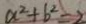
a ^ { 2 } + b ^ { 2 } = 2